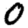
Digit: 0